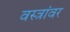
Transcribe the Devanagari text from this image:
वस्त्रांवर